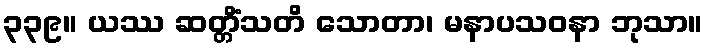
၃၃၉။ ယဿ ဆတ္တိံသတိ သောတာ၊ မနာပသဝနာ ဘုသာ။